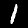
Digit: 1